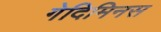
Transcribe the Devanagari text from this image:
गेदिमिनस